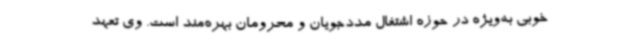
خوبی به‌ویژه در حوزه اشتغال مددجویان و محرومان بهره‌مند است. وی تعهد